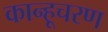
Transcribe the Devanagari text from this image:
कान्हूचरण